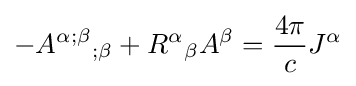
-{A^{\alpha ;\beta }}_{;\beta }+{R^{\alpha }}_{\beta }A^{\beta }={4\pi  \over c}J^{\alpha }